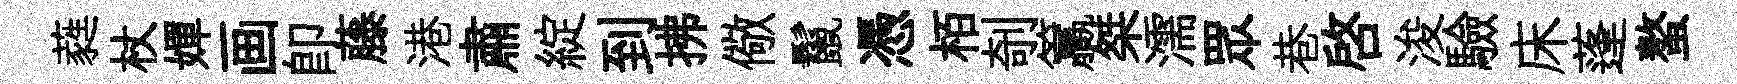
蕤杖嬋画卽藤港肅綻到拂儆鬣憑栢剞籯桀濡眾巷啓浚驗床蓬螯